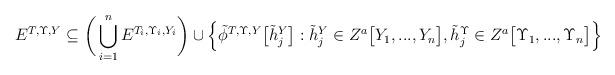
LaTeX: \begin{align*}E^{T, \Upsilon, Y} \subseteq \bigg( \bigcup_{i=1}^n E^{T_i, \Upsilon_i, Y_i} \bigg) \cup \Big\{ \tilde{\phi}^{T, \Upsilon, Y}\big[ \tilde{h}_j^{Y} \big] : \tilde{h}_j^{Y} \in Z^a\big[ Y_1, ..., Y_n \big], \tilde{h}_j^{\Upsilon} \in Z^a\big[ \Upsilon_1, ..., \Upsilon_n \big] \Big\}\end{align*}